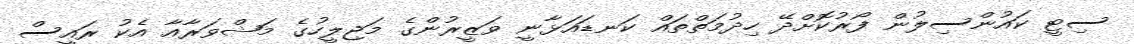
ސިޓީ ކައުންސިލުން ފޯރުކޮށްދޭ ހިދުމަތްތައް ކަނޑައަޅާނީ ވަޒީރުންގެ މަޖިލީހުގެ މަޝްވަރާއާ އެކު ރައީސް